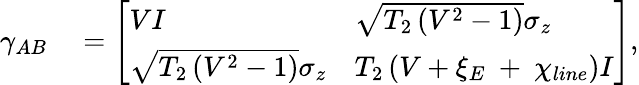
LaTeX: \begin{array}{rl}{{{\gamma}_{AB}}}&{{}=\left[\begin{array}{ll}{V{I}}&{\sqrt{{{T}_{2}}\left({{V}^{2}}-1\right)}{{\sigma}_{z}}}\\ {\sqrt{{{T}_{2}}\left({{V}^{2}}-1\right)}{{\sigma}_{z}}}&{{{T}_{2}}\left(V+{{\xi}_{E}}\mathrm{~+~}{{\chi}_{line}}\right){I}}\end{array}\right],}\end{array}